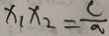
x _ { 1 } x _ { 2 } = \frac { c } { a }